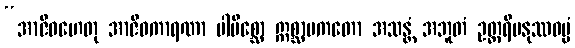
“အာဇီဝဟေတု အာဇီဝကာရဏာ ပါပိစ္ဆော ဣစ္ဆာပကတော အသန္တံ အဘူတံ ဥတ္တရိမနုဿဓမ္မံ